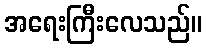
အရေးကြီးလေသည်။